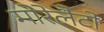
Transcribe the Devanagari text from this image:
मोरेलैटो